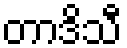
တာဒိသီ